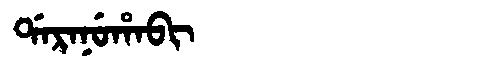
Manchu: ᡩᠠᡵᠠᠨᡠᡥᠠᠪᡳ
Romanization: DARANUHABI